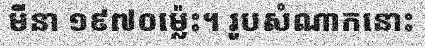
មីនា ១៩៧០ម្ល៉េះ។ រូបសំណាកនោះ